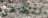
الطاهي